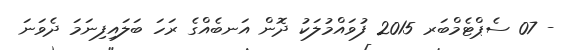
- 07 ސެޕްޓެމްބަރ 2015 ފުވައްމުލަކު ދޮން އަނބެއްގެ ރަހަ ބަލައިފިނަމަ ދެވަނަ